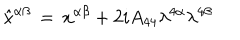
\hat { x } ^ { \alpha \beta } \, = \, x ^ { \alpha \beta } + 2 i A _ { 4 4 } \lambda ^ { 4 \alpha } \lambda ^ { 4 \beta }